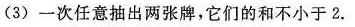
(3)一次任意抽出两张牌，它们的和不小于2.